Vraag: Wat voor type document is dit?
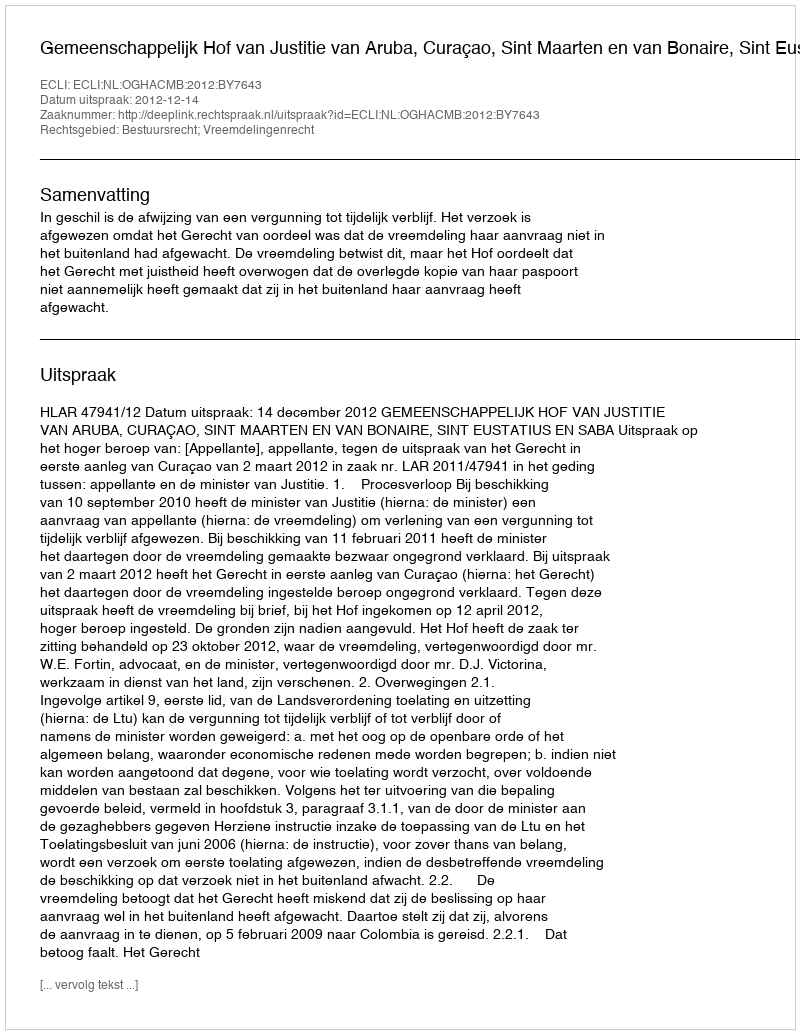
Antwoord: Uitspraak